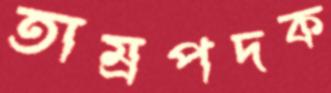
তাম্রপদক